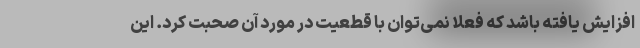
افزایش یافته باشد که فعلا نمی‌توان با قطعیت در مورد آن صحبت کرد. این